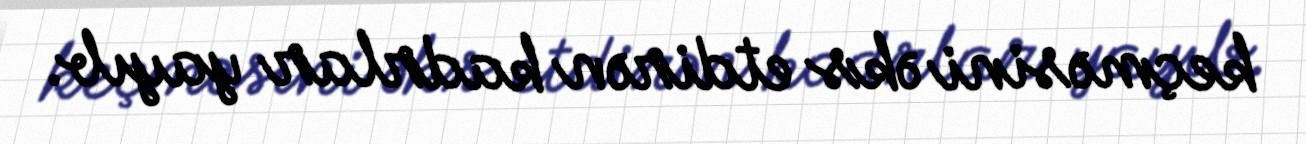
keçməsini əks etdirən kadrlar yayıb.